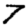
Digit: 7